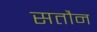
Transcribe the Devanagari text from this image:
सतौन